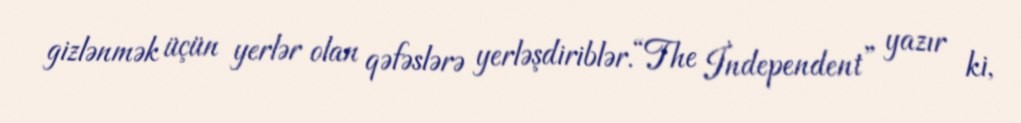
gizlənmək üçün yerlər olan qəfəslərə yerləşdiriblər.“The İndependent” yazır ki,